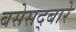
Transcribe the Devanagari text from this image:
बसेसद्बारे